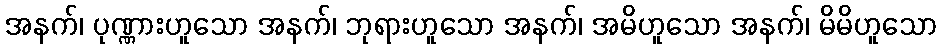
အနက်၊ ပုဏ္ဏားဟူသော အနက်၊ ဘုရားဟူသော အနက်၊ အမိဟူသော အနက်၊ မိမိဟူသော